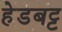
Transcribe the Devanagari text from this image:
हेडबट्ट